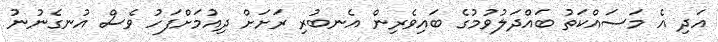
އަދި އެ މަސައްކަތު ބައްދަލުވުމުގެ ބައިވެރިން އެނބުރި ރަށަށް ދިއުމަށްފަހު ވެސް އުނގެނުނު